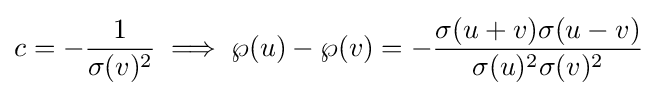
c=-{\frac {1}{\sigma (v)^{2}}}\implies \wp (u)-\wp (v)=-{\frac {\sigma (u+v)\sigma (u-v)}{\sigma (u)^{2}\sigma (v)^{2}}}